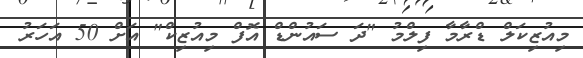
މިއުޒިކަލް ޑްރާމާ ފިލްމު "ދަ ސައުންޑް އޮފް މިއުޒިކް" އަށް 50 އަހަރު